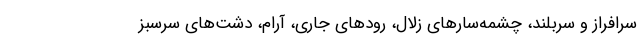
سرافراز و سربلند، چشمه‌سارهای زلال، رودهای جاری، آرام، دشت‌های سرسبز